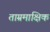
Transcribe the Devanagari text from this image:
ताम्रमाक्षिक